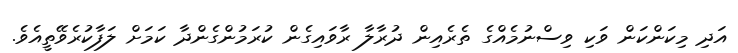
އަދި މިކަންކަން ވަކި ވިސްނުމެއްގެ ތެރެއިން ދުރާލާ ރާވައިގެން ކުރަމުންގެންދާ ކަމަށް ލަފާކުރެވޭތީއެވެ.